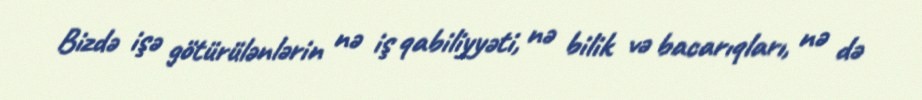
Bizdə işə götürülənlərin nə iş qabiliyyəti, nə bilik və bacarıqları, nə də